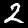
Digit: 2